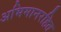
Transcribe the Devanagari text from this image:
अभिमानरहित